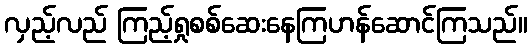
လှည့်လည် ကြည့်ရှုစစ်ဆေးနေကြဟန်ဆောင်ကြသည်။